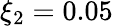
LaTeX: \xi_{2}=0.05